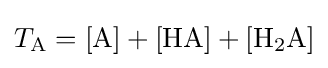
T_{\mathrm {A} }=\mathrm {[A]+[HA]+[H_{2}A]}